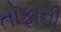
તોફાની